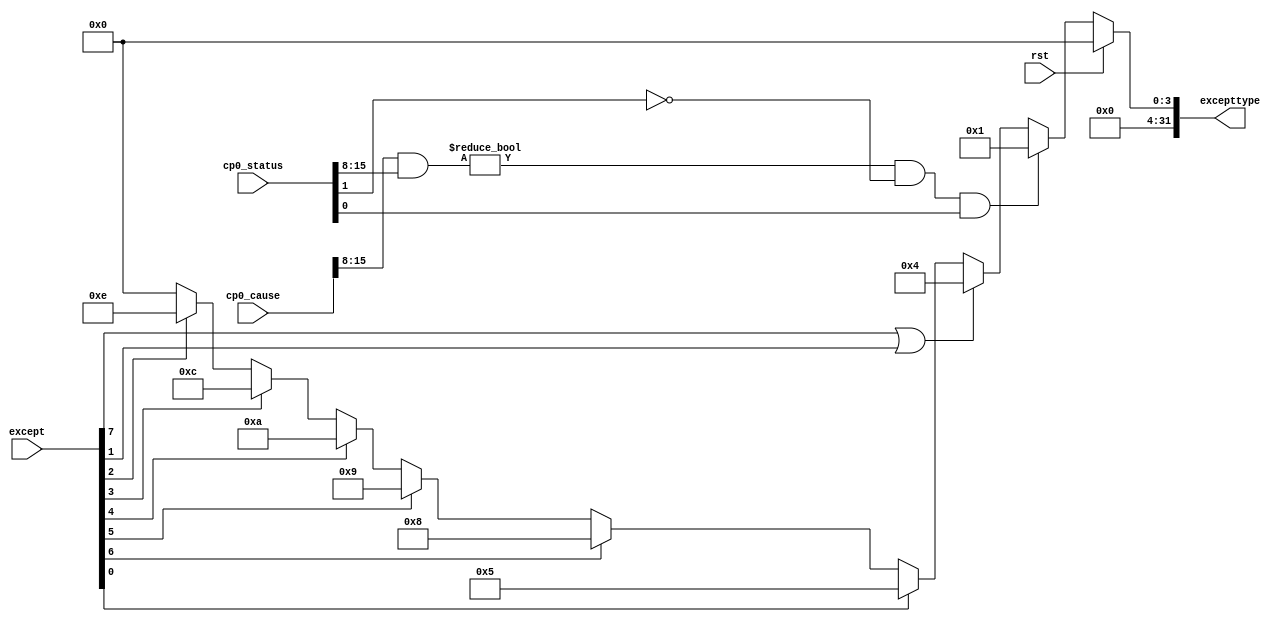
`timescale 1ns / 1ps
//////////////////////////////////////////////////////////////////////////////////
// Company: 
// Engineer: 
// 
// Design Name: 
// Module Name: exception
// Project Name: 
// Target Devices: 
// Tool Versions: 
// Description: 
// 
// Dependencies: 
// 
// Revision:
// Revision 0.01 - File Created
// Additional Comments:
// 
//////////////////////////////////////////////////////////////////////////////////


module exception(
    input wire rst,
    input wire [7:0] except,
    input wire [31:0] cp0_status, cp0_cause,
    output reg [31:0] excepttype
    );
    always @(*) begin
        if(rst) begin
            excepttype <= 32'b0;
        end else begin
            excepttype <= 32'b0;
            if(((cp0_cause[15:8] & cp0_status[15:8]) != 8'h00) && (cp0_status[1] == 1'b0) && (cp0_status[0] == 1'b1))
                excepttype <= 32'h00000001;
            else if (except[7] == 1'b1 || except[1])
                excepttype <= 32'h00000004;
            else if (except[0])//ades
                excepttype <= 32'h00000005;
            else if (except[6])//syscall
                excepttype <= 32'h00000008;
            else if (except[5])//break
                excepttype <= 32'h00000009;
            else if (except[4])//invalid_inst
                excepttype <= 32'h0000000a;
            else if (except[3])//overflow
                excepttype <= 32'h0000000c;
            else if (except[2])//eret
                excepttype <= 32'h0000000e;
        end
    end
endmodule